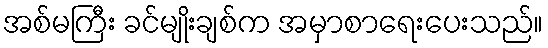
အစ်မကြီး ခင်မျိုးချစ်က အမှာစာရေးပေးသည်။